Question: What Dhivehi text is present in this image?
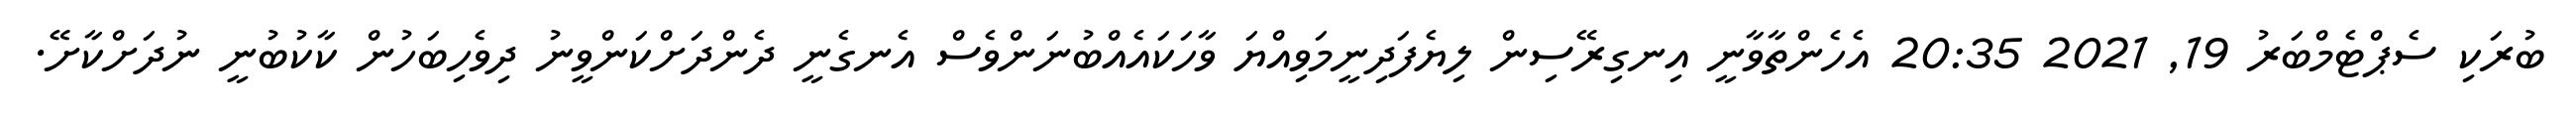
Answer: ބުރަކި ސެޕްޓެމްބަރު 19, 2021 20:35 އެހެންތާވާނީ އިނގިރޭސިން ލިޔެފަދިނީމަވިއްޔަ ވާހަކައެއްބުނަންވެސް އެނގެނީ ދެންދަށްކަންވީނު ދިވެހިބަހުން ކާކުބުނީ ނުދަށްކާށޭ.